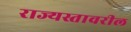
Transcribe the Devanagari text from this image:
राज्यस्तावरील